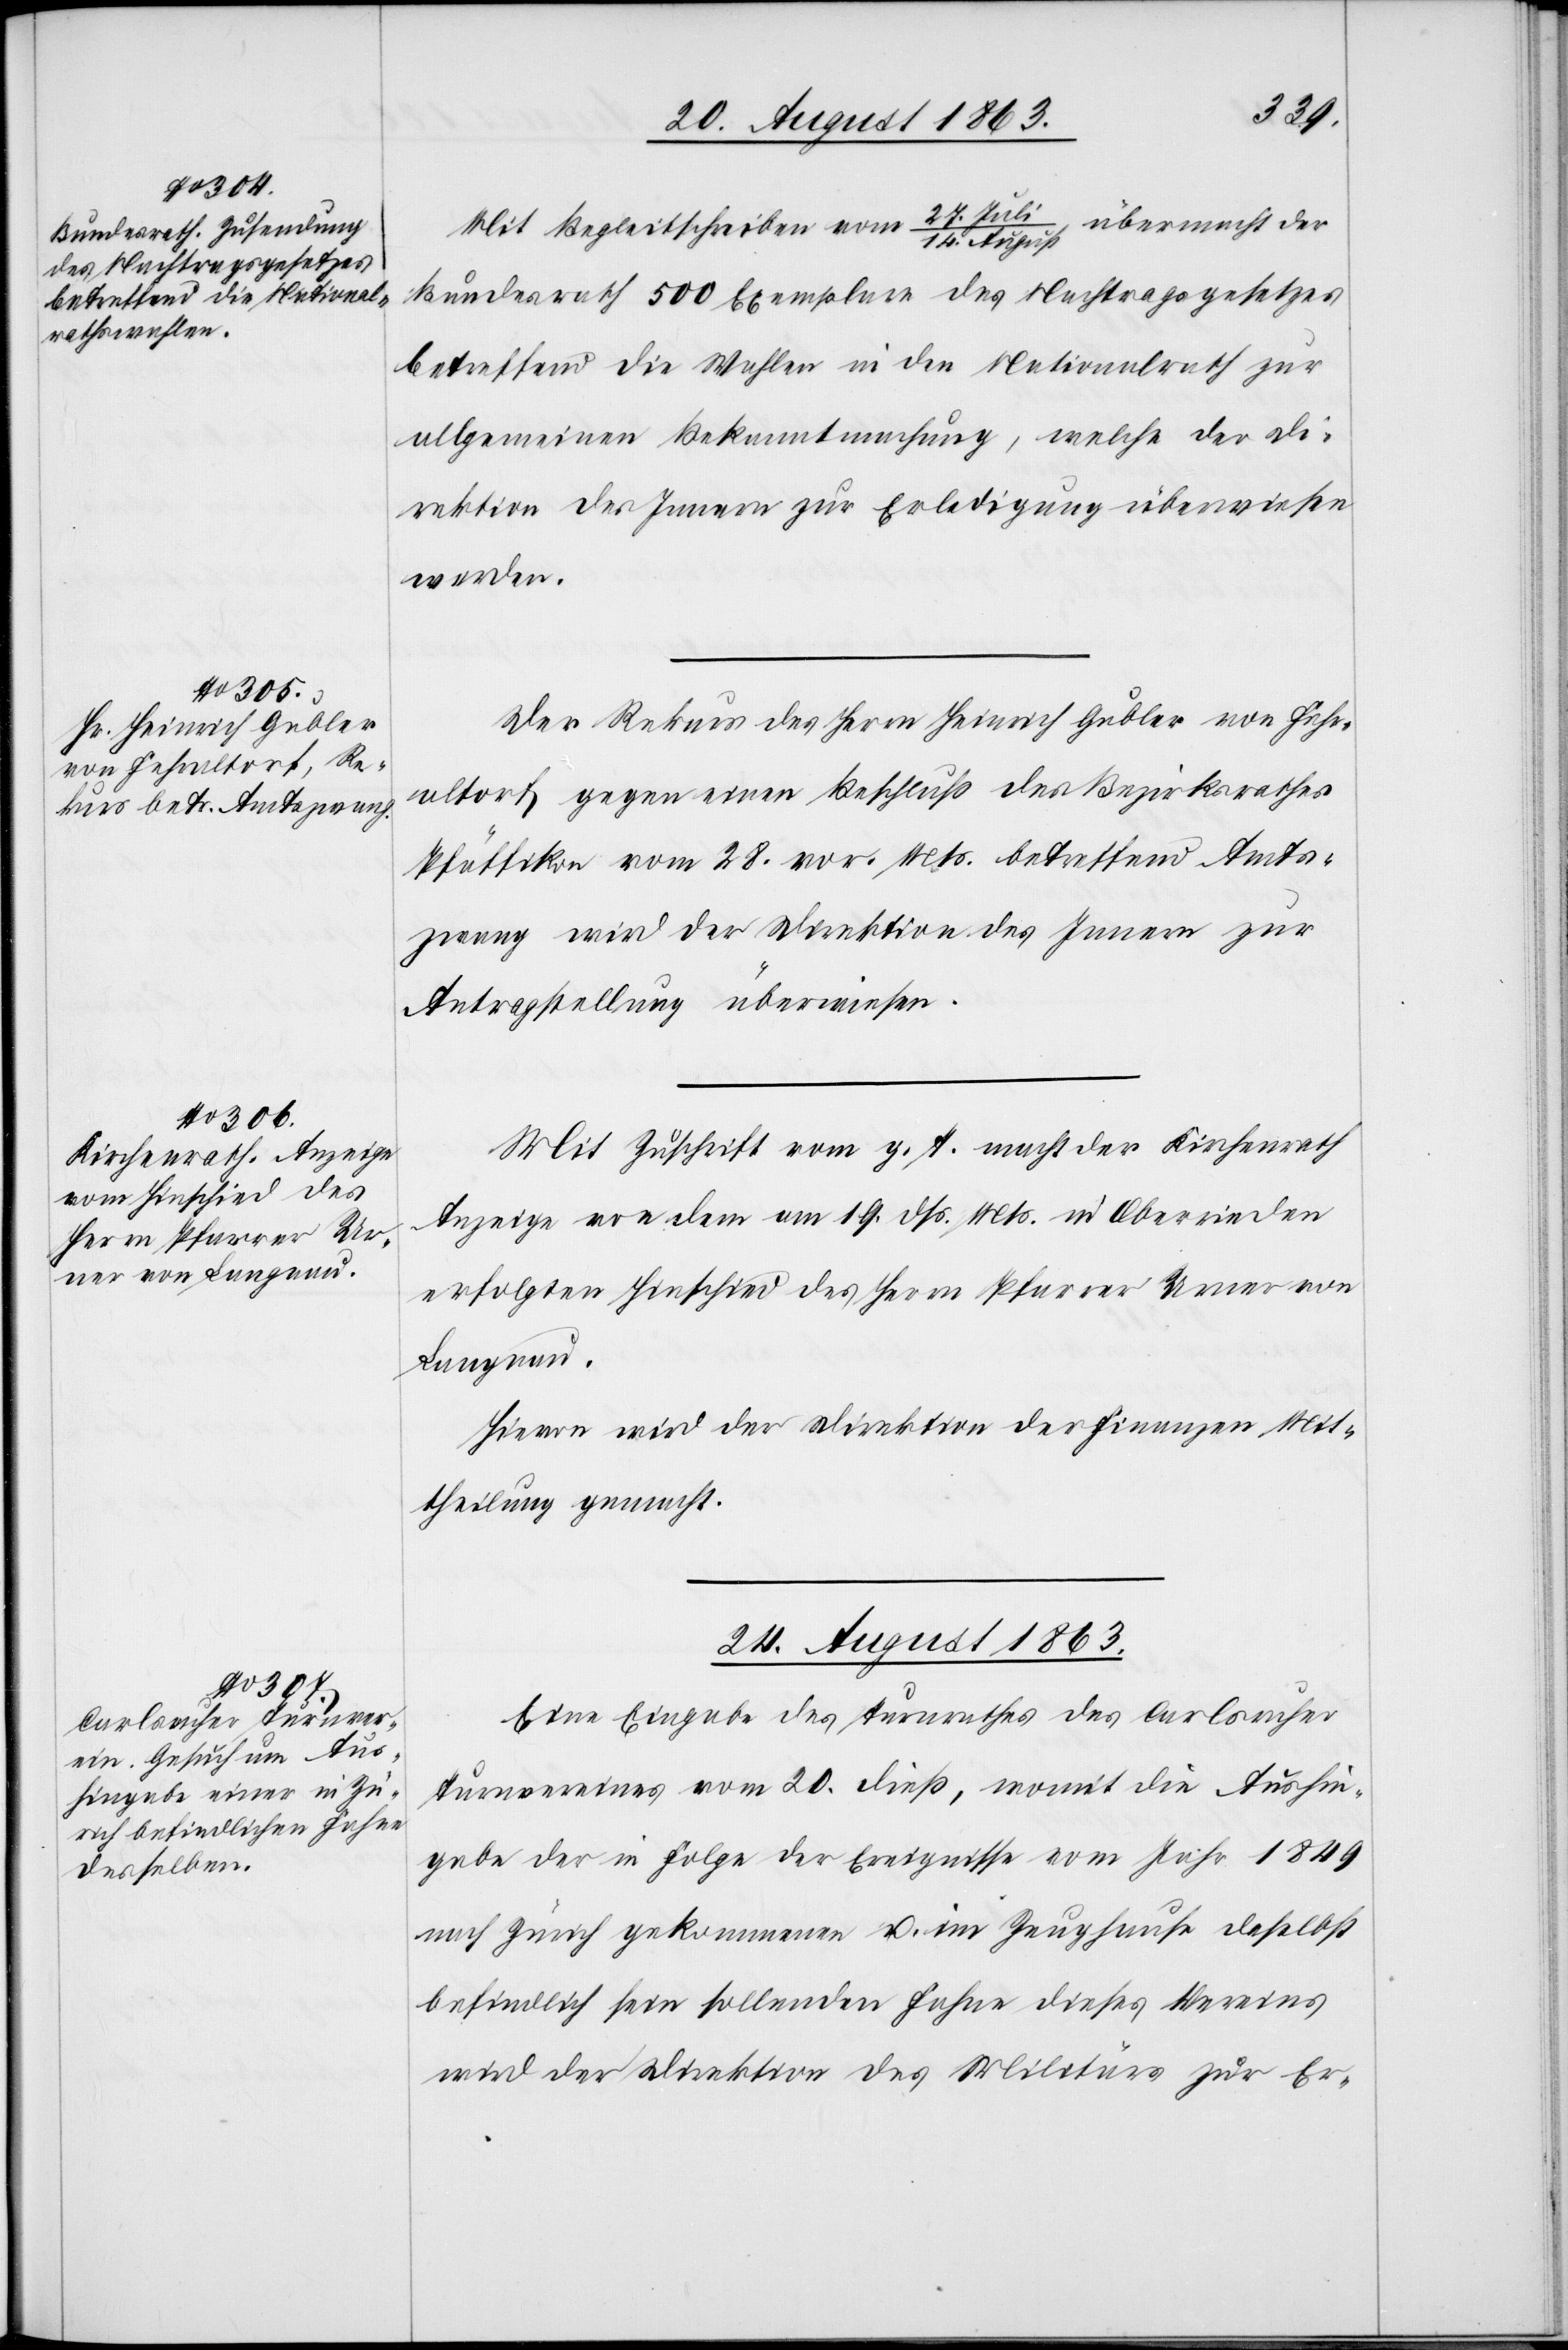
Mit Begleitschreiben vom 27. Juli/14. August übermacht der
22. August
Bundesrath 500 Exemplare des Nachtragsgesetzes
betreffend die Wahlen in den Nationalrath zur
allgemeinen Bekanntmachung, welche der Di¬
rektion des Innern zur Erledigung überwiesen
werden.
Der Rekurs des Herrn Heinrich Gubler von Fehr¬
altorf gegen einen Beschluß des Bezirksrathes
Pfäffikon vom 28. vor. Mts. betreffend Amts¬
zwang wird der Direktion des Innern zur
Antragstellung überwiesen.
Mit Zuschrift vom g. T. macht der Kirchenrath
Anzeige von dem am 19. dß. Mts. in Oberrieden
erfolgten Hinschied des Herrn Pfarrer Urner von
Langnau.
Hievon wird der Direktion der Finanzen Mit¬
theilung gemacht.
24. August 1863.
Eine Eingabe des Turnrathes des Carlsruher
Turnvereines vom 20. dieß, womit die Aushin¬
gabe der in Folge der Ereignisse vom Jahr 1849
nach Zürich gekommenen u. im Zeughause daselbst
befindlich sein sollenden Fahne dieses Vereins
wird der Direktion des Militärs zur Erl-